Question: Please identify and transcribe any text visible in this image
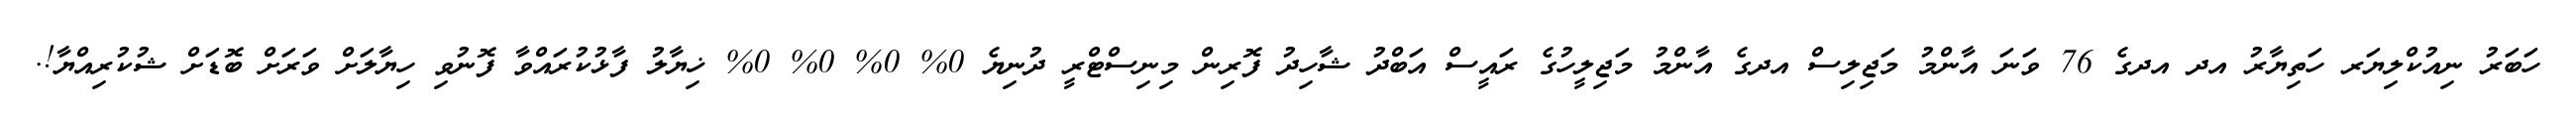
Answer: ހަބަރު ނިއުކްލިޔަރ ހަތިޔާރު އދ އދގެ 76 ވަނަ އާންމު މަޖިލިސް އދގެ އާންމު މަޖިލީހުގެ ރައީސް އަބްދު ޝާހިދު ފޮރިން މިނިސްޓްރީ ދުނިޔެ 0% 0% 0% 0% ޚިޔާލު ފާޅުކުރައްވާ ފޮނުވި ހިޔާލަށް ވަރަށް ބޮޑަށް ޝުކުރިއްޔާ!.